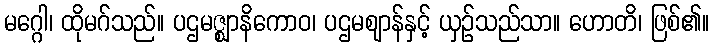
မဂ္ဂေါ၊ ထိုမဂ်သည်။ ပဌမဇ္ဈာနိကောဝ၊ ပဌမဈာန်နှင့် ယှဉ်သည်သာ။ ဟောတိ၊ ဖြစ်၏။